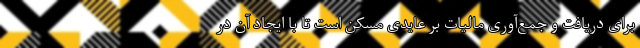
برای دریافت و جمع‌آوری مالیات بر عایدی مسکن است تا با ایجاد آن در